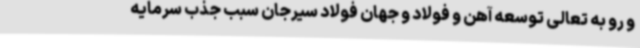
و رو به تعالی توسعه آهن و فولاد و جهان فولاد سیرجان سبب جذب سرمایه